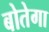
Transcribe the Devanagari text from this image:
बोतेगा